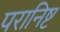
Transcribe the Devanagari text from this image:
परानिष्ट